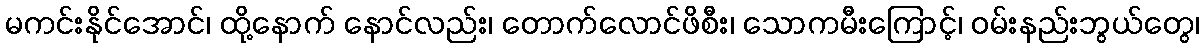
မကင်းနိုင်အောင်၊ ထို့နောက် နောင်လည်း၊ တောက်လောင်ဖိစီး၊ သောကမီးကြောင့်၊ ဝမ်းနည်းဘွယ်တွေ၊